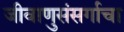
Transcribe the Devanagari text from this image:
जीवाणुसंसर्गाचा